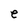
Character: e